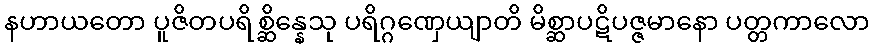
နဟာယတော ပူဇိတပရိစ္ဆိန္နေသု ပရိဂ္ဂဏှေယျာတိ မိစ္ဆာပဋိပဇ္ဇမာနော ပတ္တကာလော